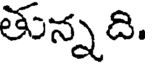
తున్న ది.